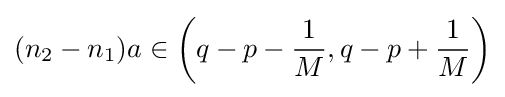
(n_{2}-n_{1})a\in \left(q-p-{\frac {1}{M}},q-p+{\frac {1}{M}}\right)